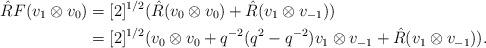
LaTeX: \begin{align*}\hat{R}F(v_{1}\otimes v_{0}) & =[2]^{1/2}(\hat{R}(v_{0}\otimes v_{0})+\hat{R}(v_{1}\otimes v_{-1}))\\ & =[2]^{1/2}(v_{0}\otimes v_{0}+q^{-2}(q^{2}-q^{-2})v_{1}\otimes v_{-1}+\hat{R}(v_{1}\otimes v_{-1})).\end{align*}